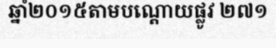
ឆ្នាំ២០១៥តាមបណ្តោយផ្លូវ ២៧១